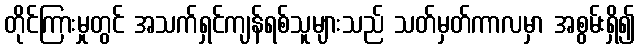
တိုင်ကြားမှုတွင် အသက်ရှင်ကျန်ရစ်သူများသည် သတ်မှတ်ကာလမှာ အစွမ်းရှိ၍